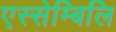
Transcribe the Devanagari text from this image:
एस्सेम्बिलि